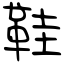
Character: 鞋